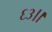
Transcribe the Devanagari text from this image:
६३।।